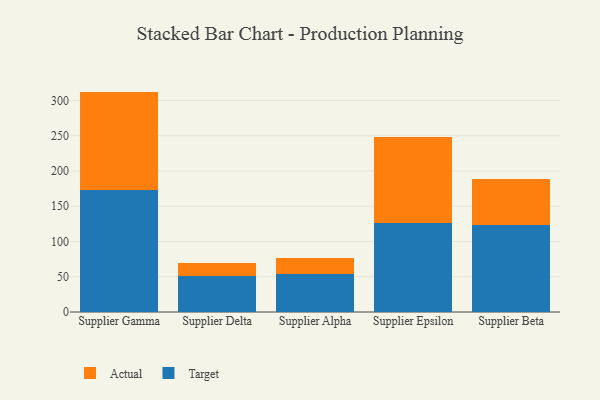
{"axis": {"x": "Supplier", "y": "Active Users"}, "legend": ["Actual", "Target"], "data": [{"x": "Supplier Gamma", "y": 173.3, "type": "Target"}, {"x": "Supplier Gamma", "y": 139.3, "type": "Actual"}, {"x": "Supplier Delta", "y": 50.9, "type": "Target"}, {"x": "Supplier Delta", "y": 18.6, "type": "Actual"}, {"x": "Supplier Alpha", "y": 54.5, "type": "Target"}, {"x": "Supplier Alpha", "y": 22.6, "type": "Actual"}, {"x": "Supplier Epsilon", "y": 126.4, "type": "Target"}, {"x": "Supplier Epsilon", "y": 121.6, "type": "Actual"}, {"x": "Supplier Beta", "y": 123.2, "type": "Target"}, {"x": "Supplier Beta", "y": 65.0, "type": "Actual"}]}